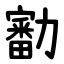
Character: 㔤